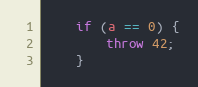
Language: C++
    if (a == 0) {
        throw 42;
    }